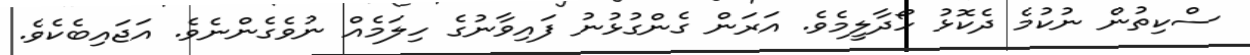
ސްކިތުން ނުކުމެ ދެކޮޅު ހޯދާލީމެވެ. އަރަން ގެންގުޅުނު ފައިވާނުގެ ހިލަމެއް ނުވެގެންނެވެ. އަޖައިބެކެވެ.